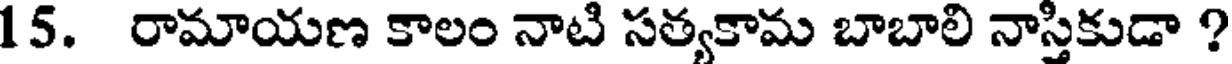
15. రామాయణ కాలం నాటి సత్యకామ బాబాలి నాస్తికుడా ?